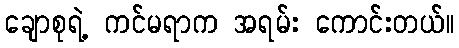
ချောစုရဲ့ ကင်မရာက အရမ်း ကောင်းတယ်။